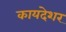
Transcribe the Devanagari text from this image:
कायदेशर